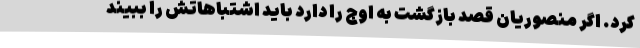
کرد. اگر منصوریان قصد بازگشت به اوج را دارد باید اشتباهاتش را ببیند